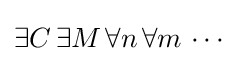
\exists C\,\exists M\,\forall n\,\forall m\,\cdots